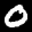
Label: 0